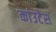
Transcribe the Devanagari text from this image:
कांउटेस